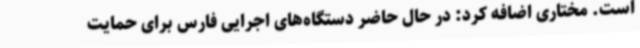
است. مختاری اضافه کرد: در حال حاضر دستگاه‌های اجرایی فارس برای حمایت